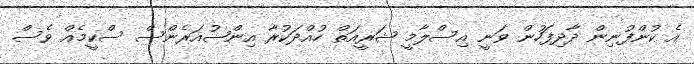
އެ ކުންފުނިން ދާދިފަހުން ވަނީ އިސްލާމީ ޝަރީއަތް ހުއްދަކުރާ އިންޝުއަރެންސް ސްކީމެއް ވެސް